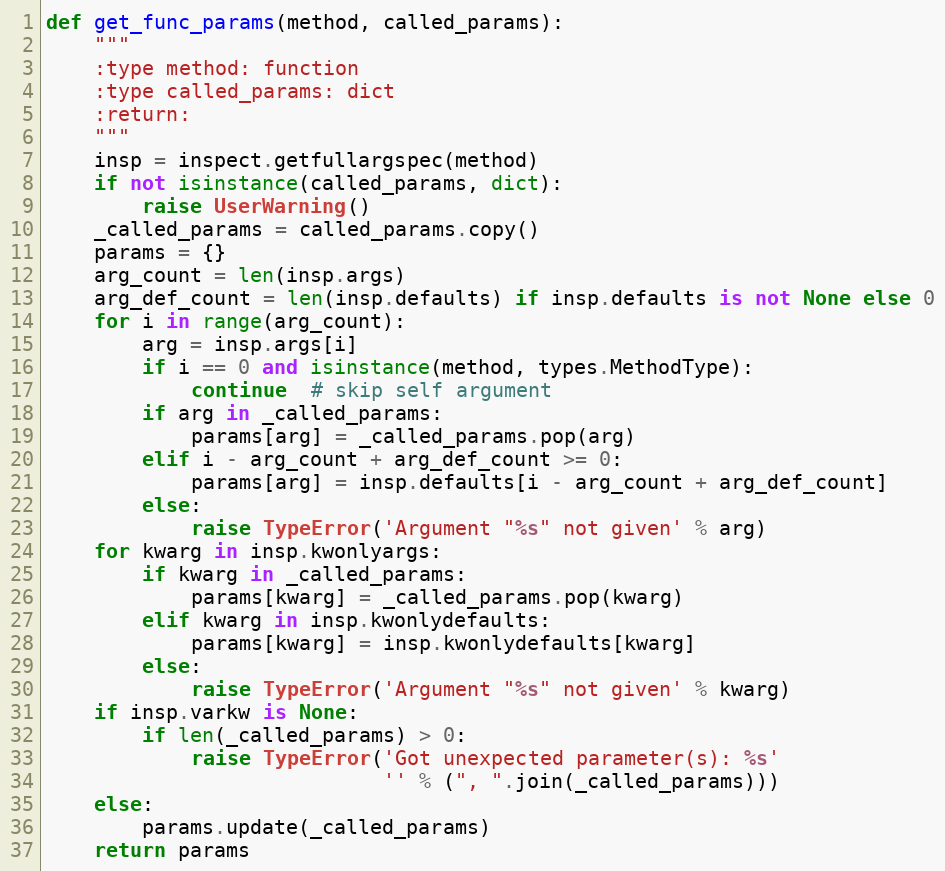
Language: Python
def get_func_params(method, called_params):
    """
    :type method: function
    :type called_params: dict
    :return:
    """
    insp = inspect.getfullargspec(method)
    if not isinstance(called_params, dict):
        raise UserWarning()
    _called_params = called_params.copy()
    params = {}
    arg_count = len(insp.args)
    arg_def_count = len(insp.defaults) if insp.defaults is not None else 0
    for i in range(arg_count):
        arg = insp.args[i]
        if i == 0 and isinstance(method, types.MethodType):
            continue  # skip self argument
        if arg in _called_params:
            params[arg] = _called_params.pop(arg)
        elif i - arg_count + arg_def_count >= 0:
            params[arg] = insp.defaults[i - arg_count + arg_def_count]
        else:
            raise TypeError('Argument "%s" not given' % arg)
    for kwarg in insp.kwonlyargs:
        if kwarg in _called_params:
            params[kwarg] = _called_params.pop(kwarg)
        elif kwarg in insp.kwonlydefaults:
            params[kwarg] = insp.kwonlydefaults[kwarg]
        else:
            raise TypeError('Argument "%s" not given' % kwarg)
    if insp.varkw is None:
        if len(_called_params) > 0:
            raise TypeError('Got unexpected parameter(s): %s'
                            '' % (", ".join(_called_params)))
    else:
        params.update(_called_params)
    return params